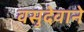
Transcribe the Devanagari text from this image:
वसुदेवाने